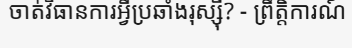
ចាត់វិធានការអ្វីប្រឆាំងរុស្ស៊ី? - ព្រឹត្តិការណ៍